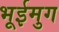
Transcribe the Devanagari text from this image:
भूईमुग